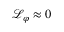
\mathcal { L } _ { \varphi } \approx 0